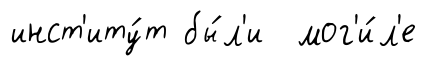
инст'иту́т бы́л'и мог'и́л'е